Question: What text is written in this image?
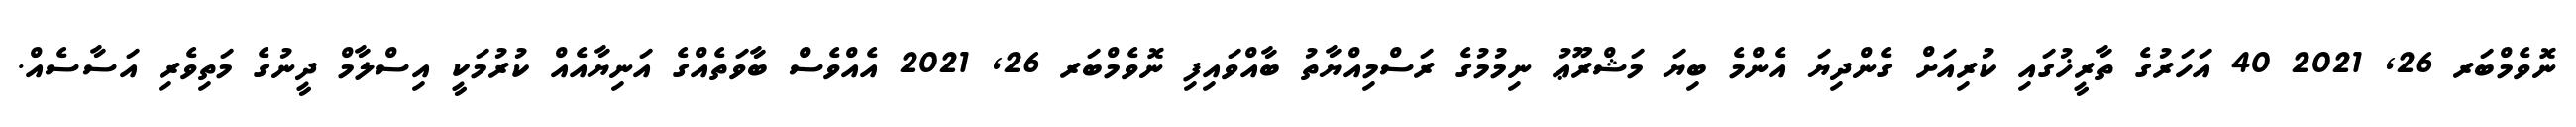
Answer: ނޮވެމްބަރ 26, 2021 40 އަހަރުގެ ތާރީޚުގައި ކުރިއަށް ގެންދިޔަ އެންމެ ބިޔަ މަޝްރޫޢު ނިމުމުގެ ރަސްމިއްޔާތު ބާއްވައިފި ނޮވެމްބަރ 26, 2021 އެއްވެސް ބާވަތެއްގެ އަނިޔާއެއް ކުރުމަކީ އިސްލާމް ދީނުގެ މަތިވެރި އަސާސެއް.